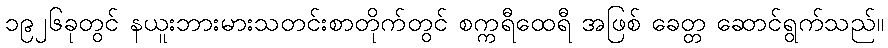
၁၉၂၆ခုတွင် နယူးဘားမားသတင်းစာတိုက်တွင် စက္ကရီထေရီ အဖြစ် ခေတ္တ ဆောင်ရွက်သည်။